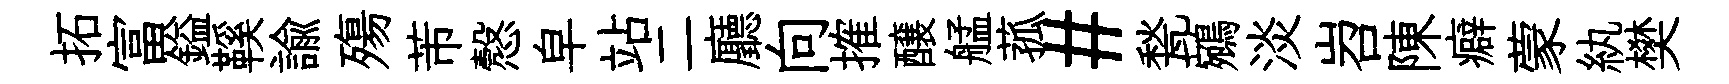
拓富鎰鞵諭殤芾慤皁站二廳向搉醸艋菰#甃鵷淡岧陳癖蒙紈樊